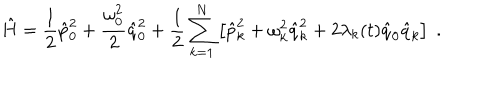
\hat { H } = \frac { 1 } { 2 } \hat { p } _ { 0 } ^ { 2 } + \frac { \omega _ { 0 } ^ { 2 } } { 2 } \hat { q } _ { 0 } ^ { 2 } + \frac { 1 } { 2 } \sum _ { k = 1 } ^ { N } \left[ \hat { p } _ { k } ^ { 2 } + \omega _ { k } ^ { 2 } \hat { q } _ { k } ^ { 2 } + 2 \lambda _ { k } ( t ) \hat { q } _ { 0 } \hat { q } _ { k } \right] \; .